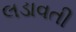
લડાવતી